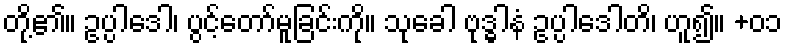
တို့၏။ ဥပ္ပါဒေါ၊ ပွင့်တော်မူခြင်းကို။ သုခေါ ဗုဒ္ဓါနံ ဥပ္ပါဒေါတိ၊ ဟူ၍။ +၀၁